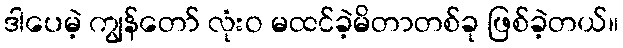
ဒါပေမဲ့ ကျွန်တော် လုံးဝ မထင်ခဲ့မိတာတစ်ခု ဖြစ်ခဲ့တယ်။